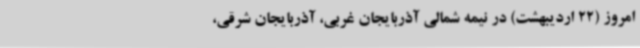
امروز (22 اردیبهشت) در نیمه شمالی آذربایجان غربی، آذربایجان شرقی،